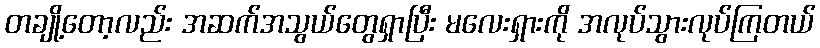
တချို့တော့လည်း အဆက်အသွယ်တွေရှာပြီး မလေးရှားကို အလုပ်သွားလုပ်ကြတယ်